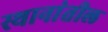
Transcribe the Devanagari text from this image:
स्थानांतील